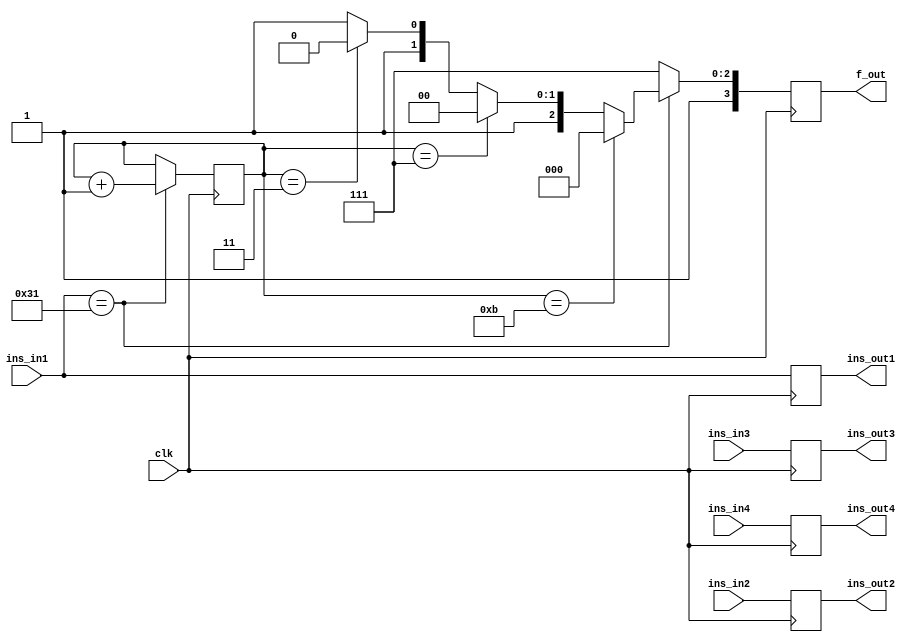
module core_init(clk,ins_in1,ins_in2,ins_in3,ins_in4,ins_out1,ins_out2,ins_out3,ins_out4,f_out);

input [15:0] ins_in1,ins_in2,ins_in3,ins_in4;
input clk;
output reg [15:0] ins_out1,ins_out2,ins_out3,ins_out4;
output reg [3:0] f_out=4'b1111;

reg [4:0]count = 5'd0;
 
always @(posedge clk)
		begin
		ins_out1 <= ins_in1;
		ins_out2<=ins_in2;
		ins_out3 <= ins_in3;
		ins_out4<=ins_in4;
		f_out <= 4'b1111;
		//count <= 5'd0;
		if (ins_in1==16'd49) begin
			if(count==3)
				f_out <= 4'b1110;
			if(count==7)
				f_out <= 4'b1100;
			if(count==11)
				f_out <= 4'b1000;
			count <= count +5'd1;
		end
			
		end

endmodule